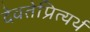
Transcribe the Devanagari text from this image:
देवतेप्रित्यर्थ